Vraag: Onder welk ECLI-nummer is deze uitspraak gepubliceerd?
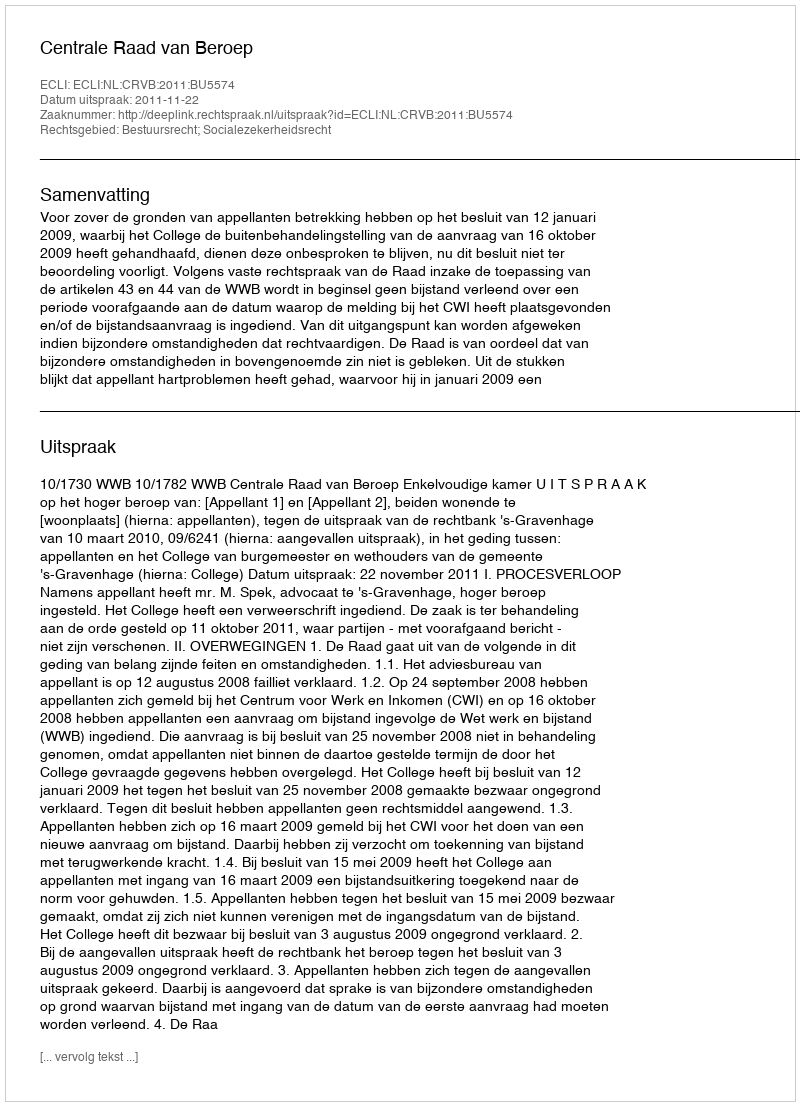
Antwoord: ECLI:NL:CRVB:2011:BU5574